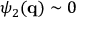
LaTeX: \psi _ { 2 } ( \mathbf { q } ) \sim 0